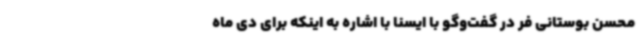
محسن بوستانی فر در گفت‌وگو با ایسنا با اشاره به اینکه برای دی ماه